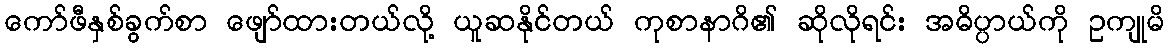
ကော်ဖီနှစ်ခွက်စာ ဖျော်ထားတယ်လို့ ယူဆနိုင်တယ် ကုစာနာဂိ၏ ဆိုလိုရင်း အဓိပ္ပာယ်ကို ဥကျုမိ